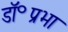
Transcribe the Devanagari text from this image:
डॉ॰प्रभा